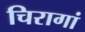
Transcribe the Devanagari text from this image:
चिरागां